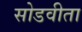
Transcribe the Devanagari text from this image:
सोडवीता